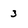
Character: 3